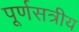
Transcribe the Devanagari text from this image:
पूर्णसत्रीय